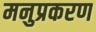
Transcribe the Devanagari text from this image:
मनुप्रकरण